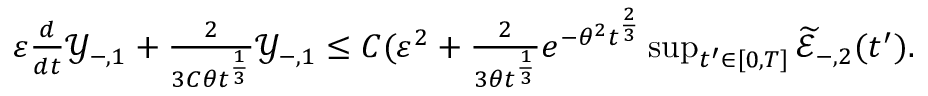
\begin{array} { r } { \varepsilon \frac { d } { d t } \mathscr Y _ { - , 1 } + \frac { 2 } { 3 C \theta t ^ { \frac { 1 } { 3 } } } \mathscr Y _ { - , 1 } \leq C ( \varepsilon ^ { 2 } + \frac { 2 } { 3 \theta t ^ { \frac { 1 } { 3 } } } e ^ { - \theta ^ { 2 } t ^ { \frac { 2 } { 3 } } } \operatorname* { s u p } _ { t ^ { \prime } \in [ 0 , T ] } { \widetilde { \mathscr E } _ { - , 2 } ( t ^ { \prime } ) } . } \end{array}